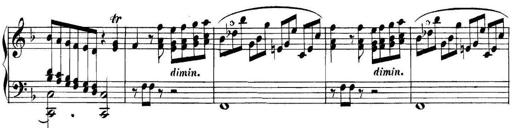
Title: Collected Piano Sonatas
Composer: Muzio Clementi